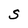
Character: S